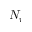
N _ { r }